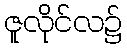
ဇူလိုင်လ၌